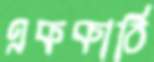
এককাঠি